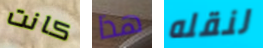
كانت هذا لنقله